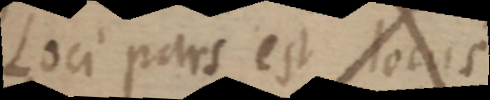
Loci pars est locus